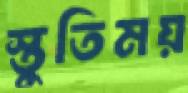
স্তুতিময়